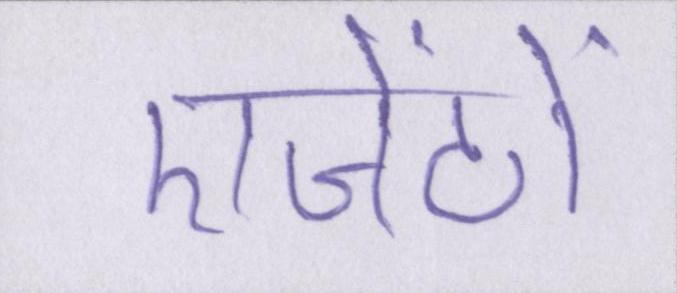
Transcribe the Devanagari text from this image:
एजेंटों